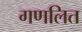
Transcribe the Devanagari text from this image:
गणलित